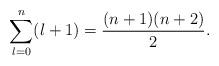
LaTeX: \begin{align*} \sum_{l=0}^n(l+1)=\frac{(n+1)(n+2)}{2}.\end{align*}